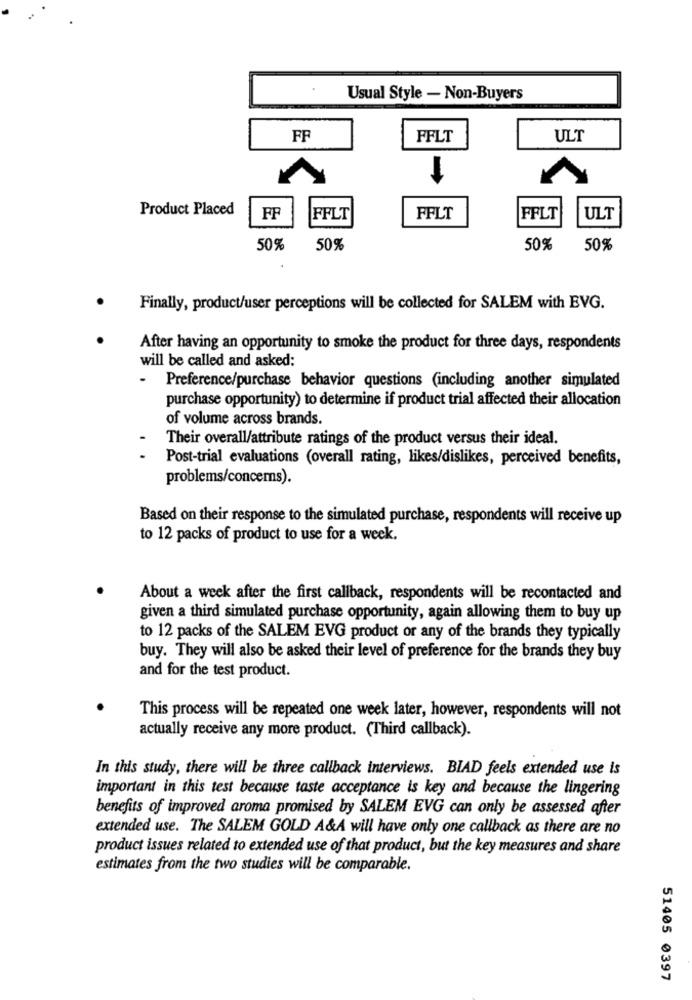
Usual Style - Non-Buyers
FF
FFLT
ULT
Product Placed
FF
FFLT
FFLT
FFLT
ULT
50%
50%
50%
50%
Finally, product/user perceptions will be collected for SALEM with EVG.
After having an opportunity to smoke the product for three days, respondents
will be called and asked:
- Preference/purchase behavior questions (including another simulated
purchase opportunity) to determine if product trial affected their allocation
of volume across brands.
Their overall/attribute ratings of the product versus their ideal.
Post-trial evaluations (overall rating, likes/dislikes, perceived benefits,
problems/concerns).
Based on their response to the simulated purchase, respondents will receive up
to 12 packs of product to use for a week.
About a week after the first callback, respondents will be recontacted and
given a third simulated purchase opportunity, again allowing them to buy up
to 12 packs of the SALEM EVG product or any of the brands they typically
buy. They will also be asked their level of preference for the brands they buy
and for the test product.
This process will be repeated one week later, however, respondents will not
actually receive any more product. (Third callback).
In this study, there will be three callback interviews. BIAD feels extended use is
important in this test because taste acceptance is key and because the lingering
benefits of improved aroma promised by SALEM EVG can only be assessed after
extended use. The SALEM GOLD A&A will have only one callback as there are no
product issues related to extended use of that product, but the key measures and share
estimates from the two studies will be comparable.
51405 0397